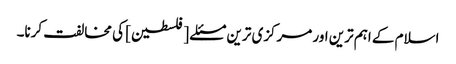
اسلام کے اہم ترین اور مرکزی ترین مسئلے [فلسطین] کی مخالفت کرنا۔